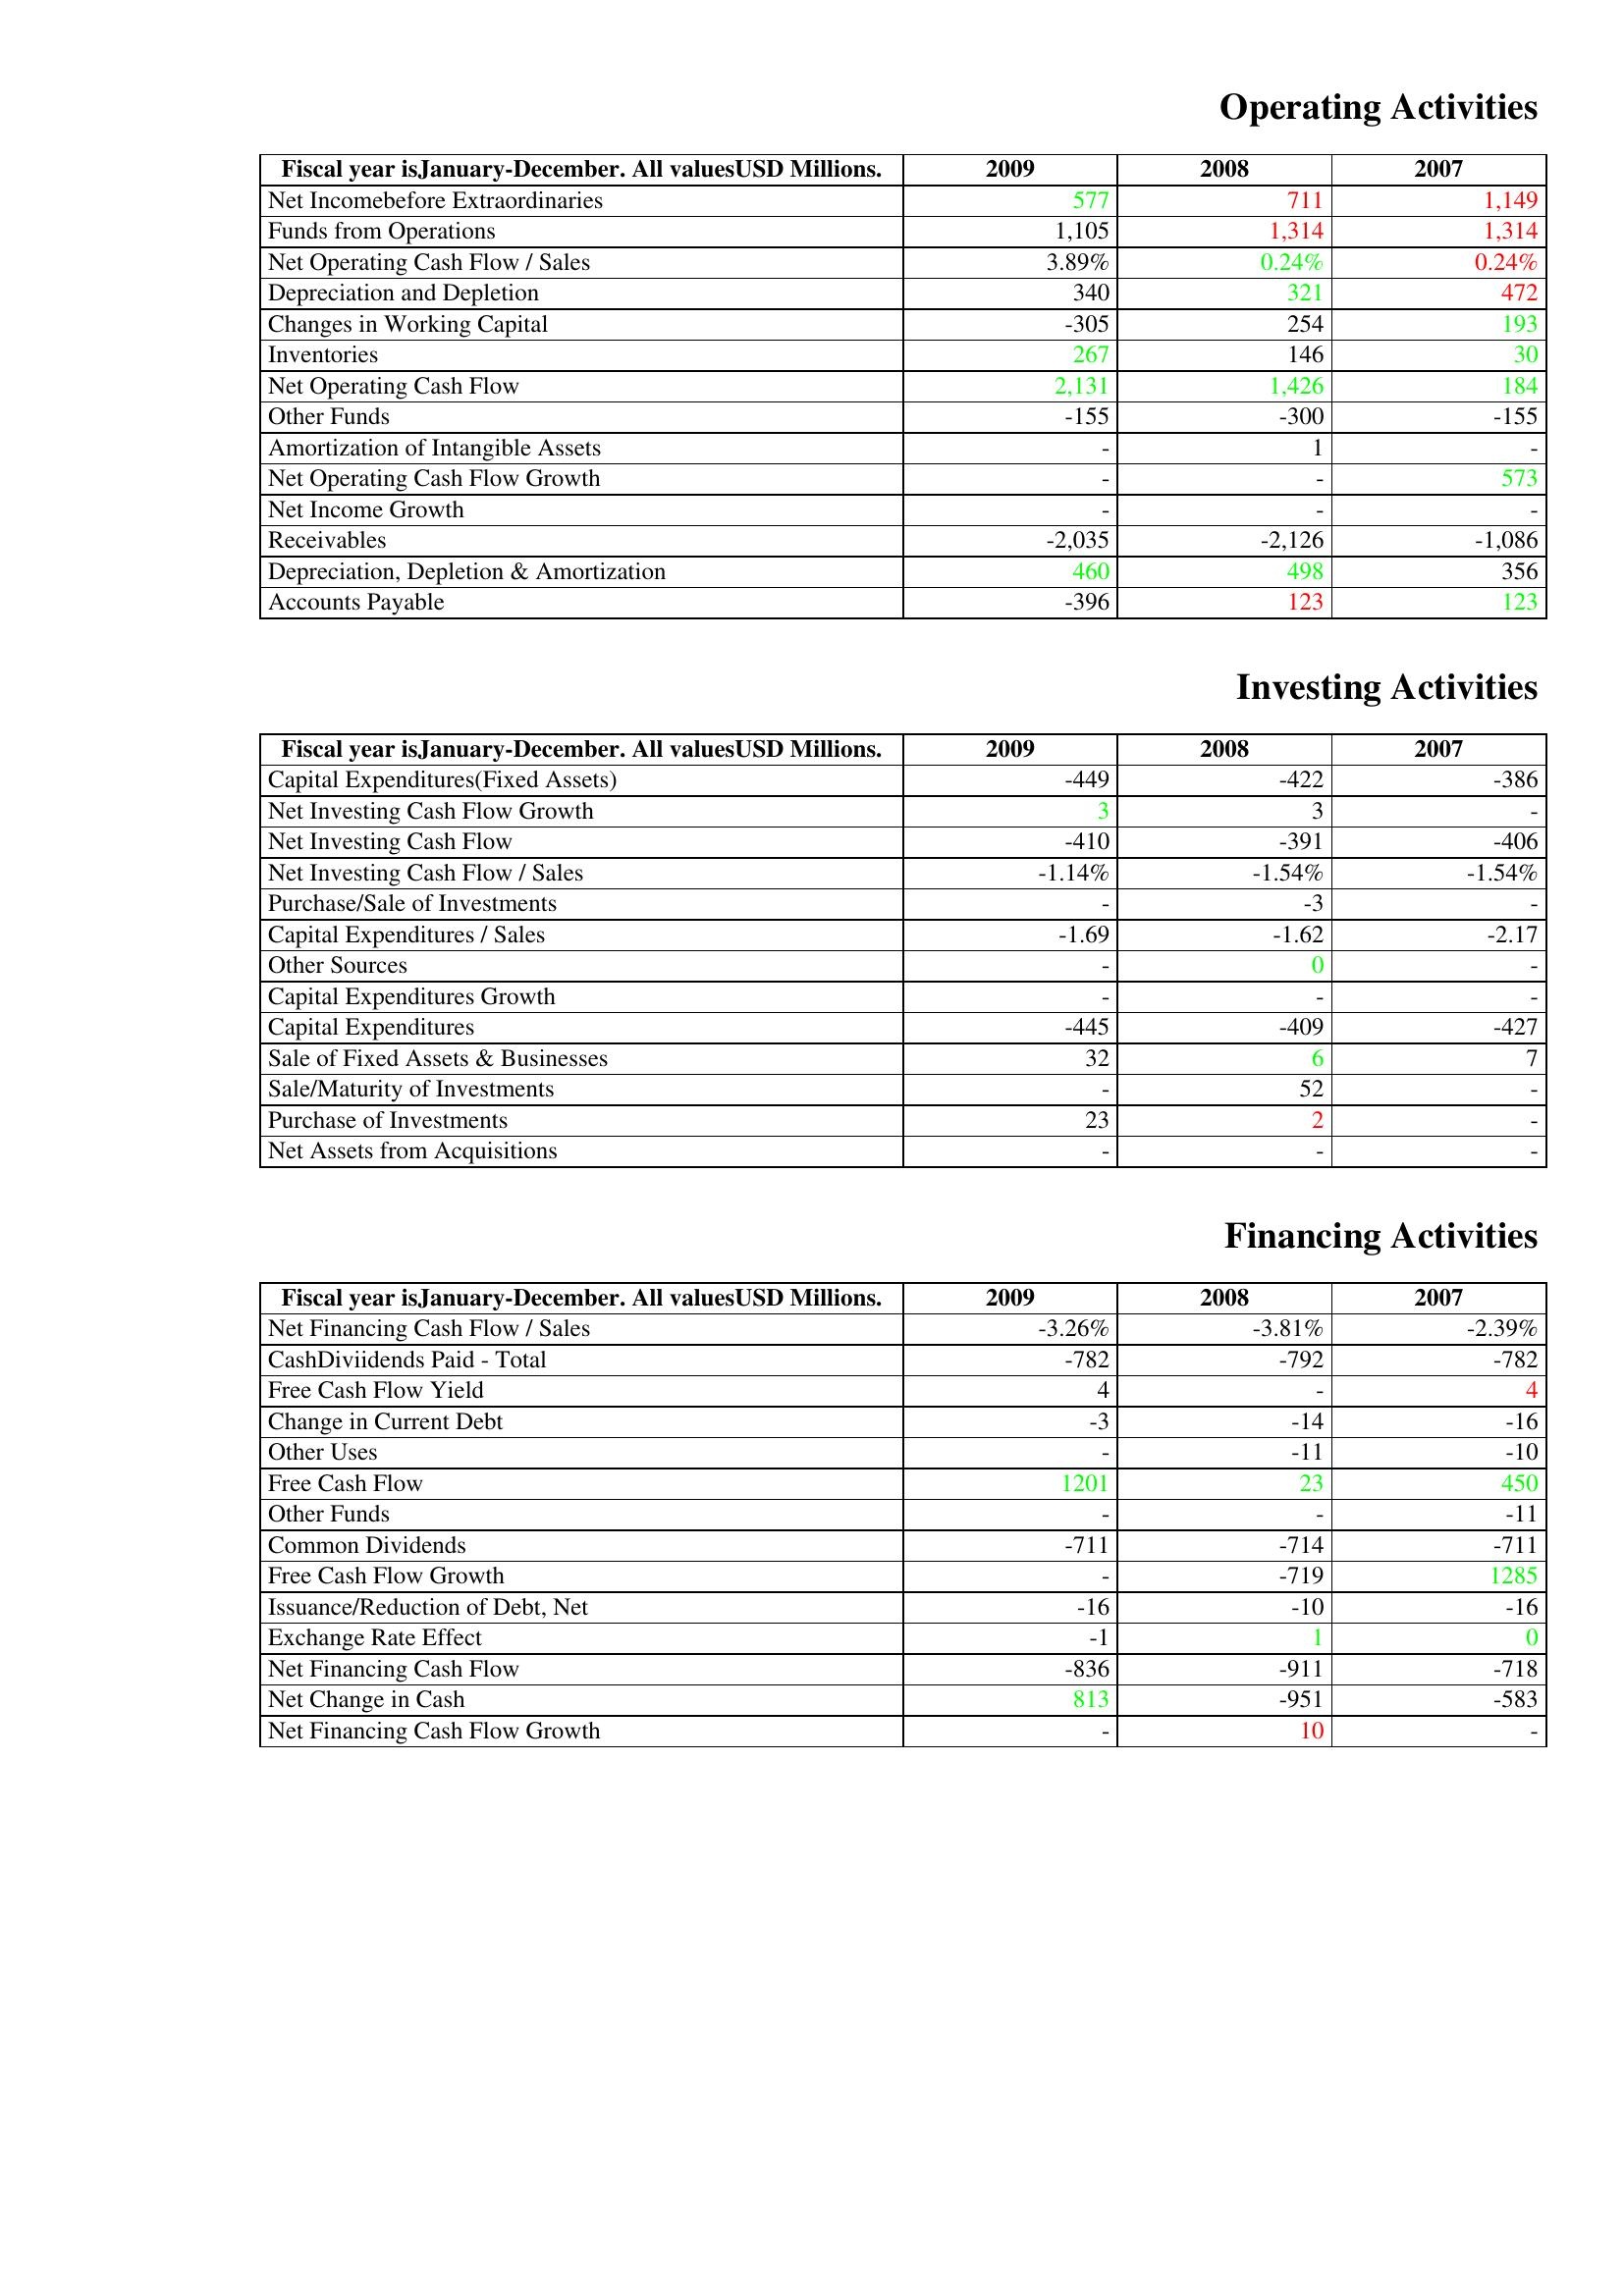
gt_parse: 2009: Operating Activities: Net Incomebefore Extraordinaries: 577
Funds from Operations: 1,105
Net Operating Cash Flow / Sales: 3.89%
Depreciation and Depletion: 340
Changes in Working Capital: -305
Inventories: 267
Net Operating Cash Flow: 2,131
Other Funds: -155
Amortization of Intangible Assets: -
Net Operating Cash Flow Growth: -
Net Income Growth: -
Receivables: -2,035
Depreciation, Depletion & Amortization: 460
Accounts Payable: -396
Investing Activities: Capital Expenditures(Fixed Assets): -449
Net Investing Cash Flow Growth: 3
Net Investing Cash Flow: -410
Net Investing Cash Flow / Sales: -1.14%
Purchase/Sale of Investments: -
Capital Expenditures / Sales: -1.69
Other Sources: -
Capital Expenditures Growth: -
Capital Expenditures: -445
Sale of Fixed Assets & Businesses: 32
Sale/Maturity of Investments: -
Purchase of Investments: 23
Net Assets from Acquisitions: -
Financing Activities: Net Financing Cash Flow / Sales: -3.26%
CashDiviidends Paid - Total: -782
Free Cash Flow Yield: 4
Change in Current Debt: -3
Other Uses: -
Free Cash Flow: 1201
Other Funds: -
Common Dividends: -711
Free Cash Flow Growth: -
Issuance/Reduction of Debt, Net: -16
Exchange Rate Effect: -1
Net Financing Cash Flow: -836
Net Change in Cash: 813
Net Financing Cash Flow Growth: -
2008: Operating Activities: Net Incomebefore Extraordinaries: 711
Funds from Operations: 1,314
Net Operating Cash Flow / Sales: 0.24%
Depreciation and Depletion: 321
Changes in Working Capital: 254
Inventories: 146
Net Operating Cash Flow: 1,426
Other Funds: -300
Amortization of Intangible Assets: 1
Net Operating Cash Flow Growth: -
Net Income Growth: -
Receivables: -2,126
Depreciation, Depletion & Amortization: 498
Accounts Payable: 123
Investing Activities: Capital Expenditures(Fixed Assets): -422
Net Investing Cash Flow Growth: 3
Net Investing Cash Flow: -391
Net Investing Cash Flow / Sales: -1.54%
Purchase/Sale of Investments: -3
Capital Expenditures / Sales: -1.62
Other Sources: 0
Capital Expenditures Growth: -
Capital Expenditures: -409
Sale of Fixed Assets & Businesses: 6
Sale/Maturity of Investments: 52
Purchase of Investments: 2
Net Assets from Acquisitions: -
Financing Activities: Net Financing Cash Flow / Sales: -3.81%
CashDiviidends Paid - Total: -792
Free Cash Flow Yield: -
Change in Current Debt: -14
Other Uses: -11
Free Cash Flow: 23
Other Funds: -
Common Dividends: -714
Free Cash Flow Growth: -719
Issuance/Reduction of Debt, Net: -10
Exchange Rate Effect: 1
Net Financing Cash Flow: -911
Net Change in Cash: -951
Net Financing Cash Flow Growth: 10
2007: Operating Activities: Net Incomebefore Extraordinaries: 1,149
Funds from Operations: 1,314
Net Operating Cash Flow / Sales: 0.24%
Depreciation and Depletion: 472
Changes in Working Capital: 193
Inventories: 30
Net Operating Cash Flow: 184
Other Funds: -155
Amortization of Intangible Assets: -
Net Operating Cash Flow Growth: 573
Net Income Growth: -
Receivables: -1,086
Depreciation, Depletion & Amortization: 356
Accounts Payable: 123
Investing Activities: Capital Expenditures(Fixed Assets): -386
Net Investing Cash Flow Growth: -
Net Investing Cash Flow: -406
Net Investing Cash Flow / Sales: -1.54%
Purchase/Sale of Investments: -
Capital Expenditures / Sales: -2.17
Other Sources: -
Capital Expenditures Growth: -
Capital Expenditures: -427
Sale of Fixed Assets & Businesses: 7
Sale/Maturity of Investments: -
Purchase of Investments: -
Net Assets from Acquisitions: -
Financing Activities: Net Financing Cash Flow / Sales: -2.39%
CashDiviidends Paid - Total: -782
Free Cash Flow Yield: 4
Change in Current Debt: -16
Other Uses: -10
Free Cash Flow: 450
Other Funds: -11
Common Dividends: -711
Free Cash Flow Growth: 1285
Issuance/Reduction of Debt, Net: -16
Exchange Rate Effect: 0
Net Financing Cash Flow: -718
Net Change in Cash: -583
Net Financing Cash Flow Growth: -